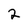
Character: 2